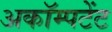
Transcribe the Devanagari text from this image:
अकॉम्पटेंट